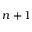
n + 1